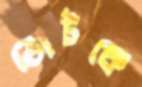
ভোটকে